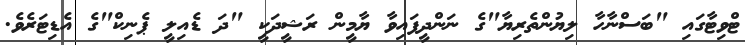
ޓްވިޓާގައި "ބަސްނާހާ ލިޔުންތެރިޔާ"ގެ ނަންދީފައިވާ ޔާމީން ރަޝީދަކީ "ދަ ޑެއިލީ ޕެނިކް"ގެ އެޑިޓަރެވެ.